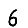
Digit: 6